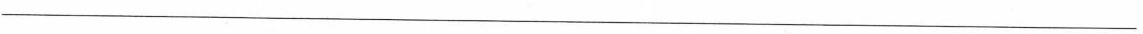
___